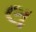
લ